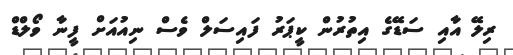
ރިލޭ އާއި ސަޑޭގެ އިތުރުން ކީޕަރު ފައިސަލް ވެސް ނިއުއަށް ފީނާ ވޯލްޑް